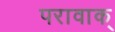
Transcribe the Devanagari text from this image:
परावाक्